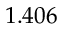
1 . 4 0 6